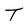
Character: T